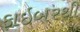
ફાઇબરથી